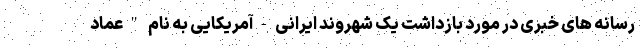
رسانه های خبری در مورد بازداشت یک شهروند ایرانی-آمریکایی به نام "عماد